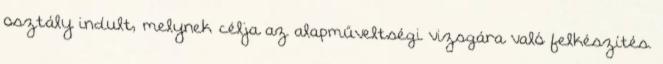
osztály indult, melynek célja az alapműveltségi vizsgára való felkészítés.